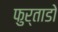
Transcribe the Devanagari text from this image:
फुर्ताडो